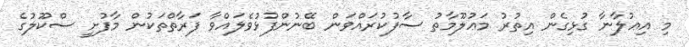
މި އިޢުލާނާ ގުޅިގެން އިތުރު މަޢުލޫމާތު ސާފުކުރައްވަން ބޭނުންފުޅުވެލައްވާ ފަރާތްތަކުން މާފުށީ ސްކޫލުގެ